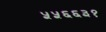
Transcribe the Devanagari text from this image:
५५६६३१